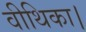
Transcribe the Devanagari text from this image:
वीथिका।